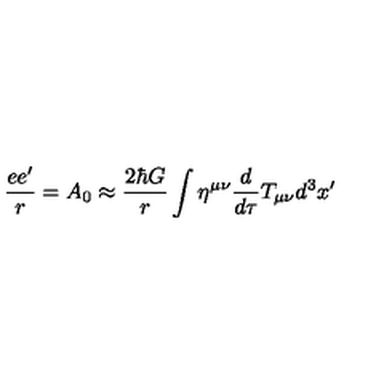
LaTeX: \frac { e e ^ { \prime } } { r } = A _ { 0 } \approx \frac { 2 \hbar G } { r } \int \eta ^ { \mu \nu } \frac { d } { d \tau } T _ { \mu \nu } d ^ { 3 } x ^ { \prime }